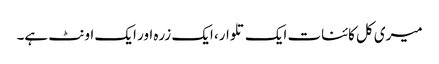
میری کل کائنات ایک تلوار، ایک زرہ اور ایک اونٹ ہے۔